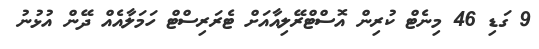
9 ގަޑި 46 މިނެޓް ކުރިން އޮސްޓްރޭލިއާއަށް ޓެރަރިސްޓް ހަމަލާއެއް ދޭން އުޅުނު